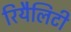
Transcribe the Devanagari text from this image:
रियैलिटी